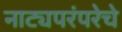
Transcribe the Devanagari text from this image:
नाट्यपरंपरेचे